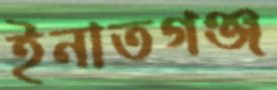
ইনাতগঞ্জ